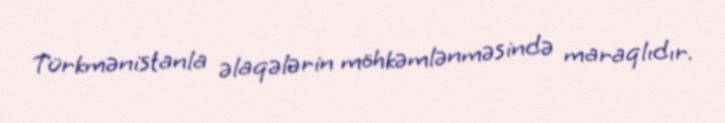
Türkmənistanla əlaqələrin möhkəmlənməsində maraqlıdır.